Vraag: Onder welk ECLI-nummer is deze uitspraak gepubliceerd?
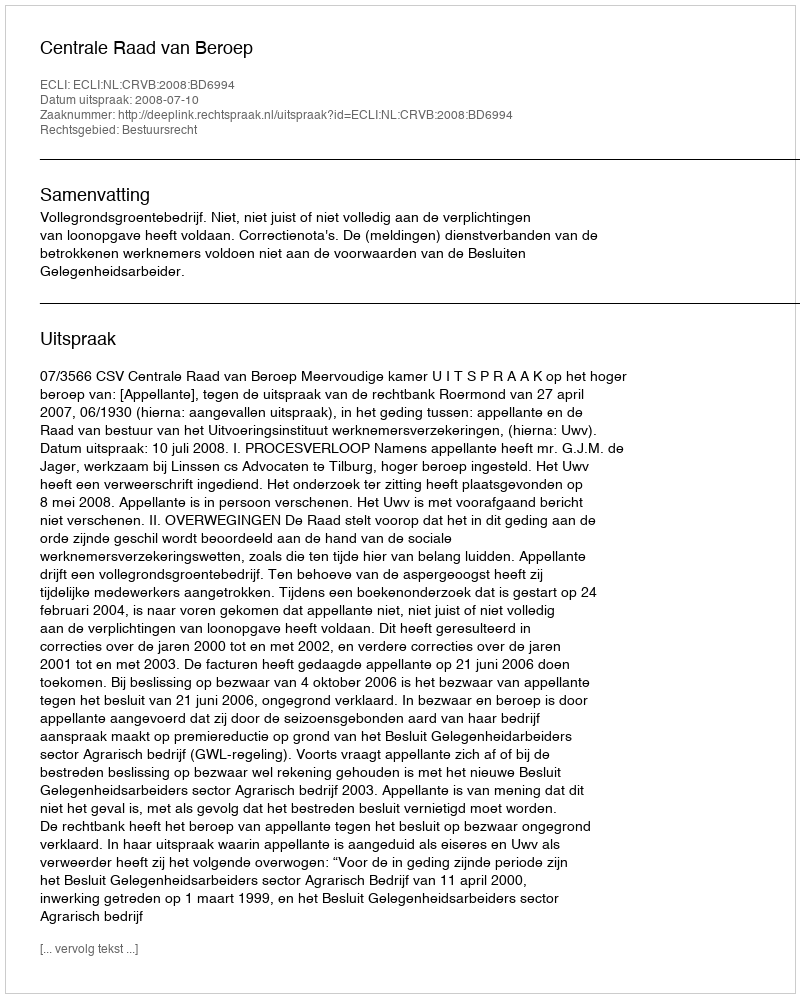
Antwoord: ECLI:NL:CRVB:2008:BD6994